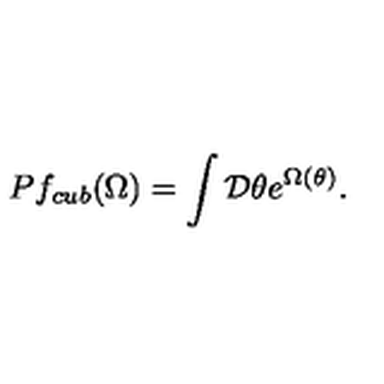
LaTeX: P f _ { c u b } ( \Omega ) = \int { \cal D } \theta e ^ { \Omega ( \theta ) } .